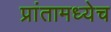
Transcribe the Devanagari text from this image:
प्रांतामध्येच